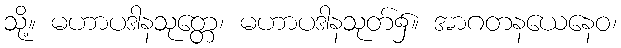
သို့။ မဟာပဒါနသုတ္တေ၊ မဟာပဒါနသုတ်၌။ အာဂတနယေနေဝ၊